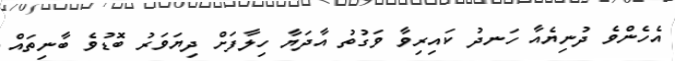
އެހެންވެ ދުނިޔެއާ ހަނދު ކައިރިވާ ވަގުތު އާދަޔާ ހިލާފަށް ދިޔަވަރު ބޮޑުވެ ބާނިތައް